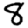
Digit: 8